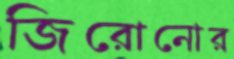
জিরোনোর